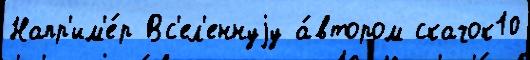
Напр'им'е́р Вс'ел'еннуjу а́втором скачок10